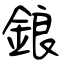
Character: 鋃